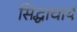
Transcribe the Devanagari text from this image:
सिद्धाचार्य